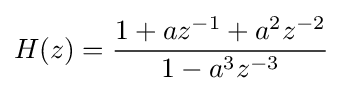
H(z)={\frac {1+az^{-1}+a^{2}z^{-2}}{1-a^{3}z^{-3}}}